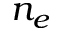
n _ { e }